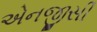
એનજીસી